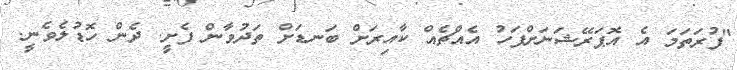
"ފުރަތަމަ އެ އޮޕަރޭޝަނަށްފަހު އެއްޗެއް ކާއިރަށް ބަނޑަށް ތަދުވާން ފެށީ. ދެން ހޮޑުލެވެނީ.